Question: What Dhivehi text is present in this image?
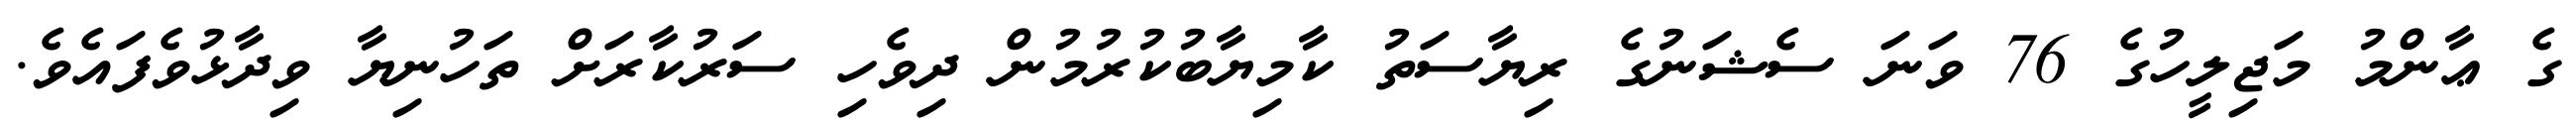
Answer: ގެ ޢާންމު މަޖިލީހުގެ 76 ވަނަ ސެޝަނުގެ ރިޔާސަތު ކާމިޔާބުކުރުމުން ދިވެހި ސަރުކާރަށް ތަހުނިޔާ ވިދާޅުވެފައެވެ.